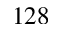
1 2 8